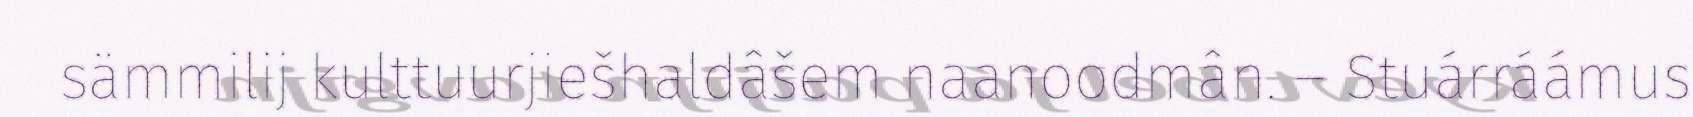
sämmilij kulttuurjiešhaldâšem naanoodmân. – Stuárráámus